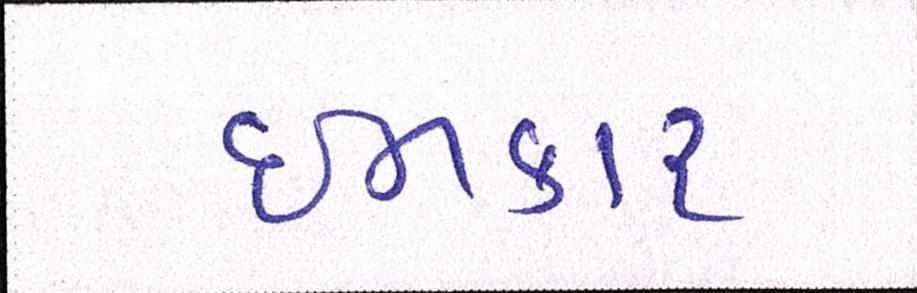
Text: ઈનકાર